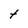
Character: t